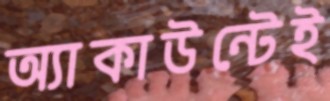
অ্যাকাউন্টেই